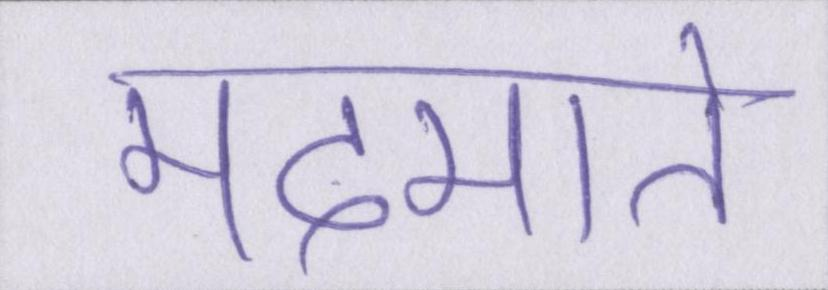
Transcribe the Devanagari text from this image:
मदमाते